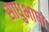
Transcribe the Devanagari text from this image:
साधुभाषा